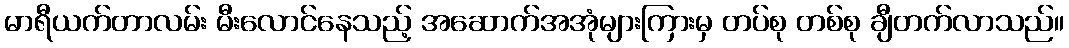
မာရီယက်တာလမ်း မီးလောင်နေသည့် အဆောက်အအုံများကြားမှ တပ်စု တစ်စု ချီတက်လာသည်။